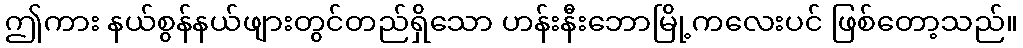
ဤကား နယ်စွန်နယ်ဖျားတွင်တည်ရှိသော ဟန်းနီးဘောမြို့ကလေးပင် ဖြစ်တော့သည်။